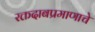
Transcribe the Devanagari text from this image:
रक्तदाबप्रमाणाचे